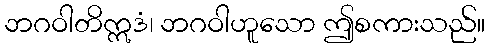
ဘဂဝါတိဣဒံ၊ ဘဂဝါဟူသော ဤစကားသည်။